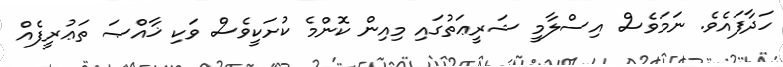
ހަދާފައެވެ. ނަމަވެސް އިސްލާމީ ޝަރީޢަތުގައި މިއިން ކޮންމެ ކުށަކީވެސް ވަކި ޚާއްޞަ ތަޢުރީފެއް